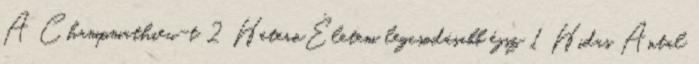
A Champmathieu-t 2 HeteroÉletem legcsodásabb éjsz 1 Hidas Antal